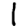
Digit: 1